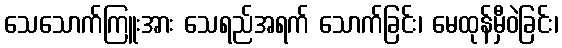
သေသောက်ကြူးအား သေရည်အရက် သောက်ခြင်း၊ မေထုန်မှီဝဲခြင်း၊